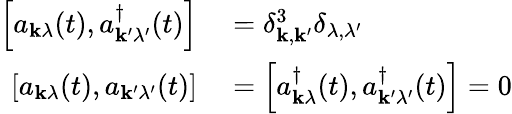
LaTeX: \begin{array}{rl}{\left[a_{\mathbf{k}\lambda}(t),a_{\mathbf{k}^{\prime}\lambda^{\prime}}^{\dagger}(t)\right]}&{{}=\delta_{\mathbf{k},\mathbf{k}^{\prime}}^{3}\delta_{\lambda,\lambda^{\prime}}}\\ {\left[a_{\mathbf{k}\lambda}(t),a_{\mathbf{k}^{\prime}\lambda^{\prime}}(t)\right]}&{{}=\left[a_{\mathbf{k}\lambda}^{\dagger}(t),a_{\mathbf{k}^{\prime}\lambda^{\prime}}^{\dagger}(t)\right]=0}\end{array}